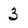
Character: 3